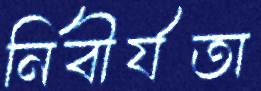
নির্বীর্যতা